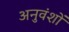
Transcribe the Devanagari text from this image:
अनुवंशों